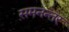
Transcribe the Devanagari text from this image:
समनन्तर